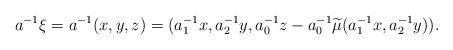
LaTeX: \begin{align*}a^{-1}\xi=a^{-1}(x,y,z)=(a^{-1}_1x,a^{-1}_2y,a^{-1}_0z-a^{-1}_0\widetilde{\mu}(a^{-1}_1x, a^{-1}_2y)).\end{align*}